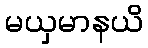
မယှမာနယိ